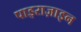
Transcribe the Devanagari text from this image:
पाइराज़ाइन